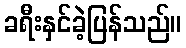
ခရီးနှင်ခဲ့ပြန်သည်။